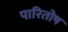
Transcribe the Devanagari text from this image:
पारितोष